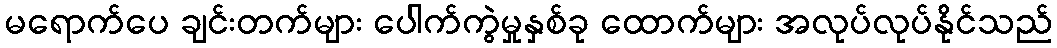
မရောက်ပေ ချင်းတက်များ ပေါက်ကွဲမှုနှစ်ခု ထောက်များ အလုပ်လုပ်နိုင်သည်